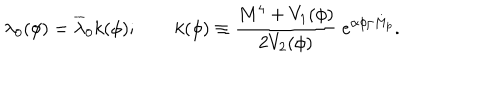
LaTeX: \lambda _ { 0 } ( \phi ) = \overline { { { \lambda } } } _ { 0 } k ( \phi ) ; \qquad k ( \phi ) \equiv \frac { M ^ { 4 } + V _ { 1 } ( \phi ) } { 2 V _ { 2 } ( \phi ) } \ e ^ { \alpha \phi / M _ { p } } .